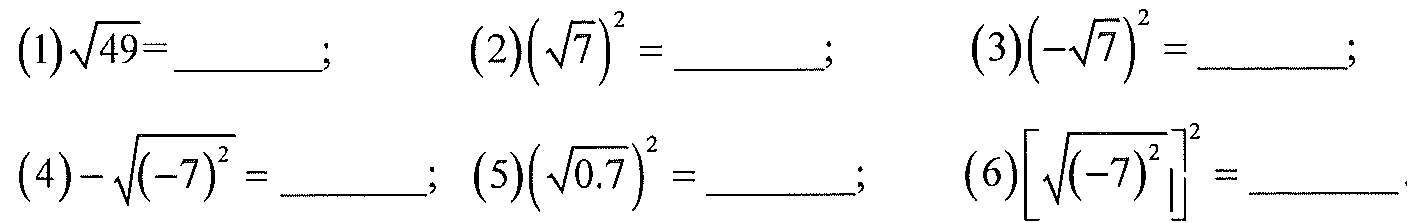
\((1)\sqrt{49}=\underline{\quad\quad};\) \((2)\left(\sqrt{7}\right)^{2}=\underline{\quad\quad};\) \((3)\left(-\sqrt{7}\right)^{2}=\underline{\quad\quad};\)
\((4)-\sqrt{\left(-7\right)^{2}}=\underline{\quad\quad};\) \((5)\left(\sqrt{0.7}\right)^{2}=\underline{\quad\quad};\) \((6)\left[\sqrt{\left(-7\right)^{2}}\right]^{2}=\underline{\quad\quad}.\)